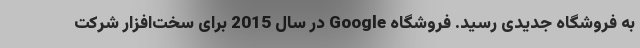
به فروشگاه جدیدی رسید. فروشگاه Google در سال 2015 برای سخت‌افزار شرکت